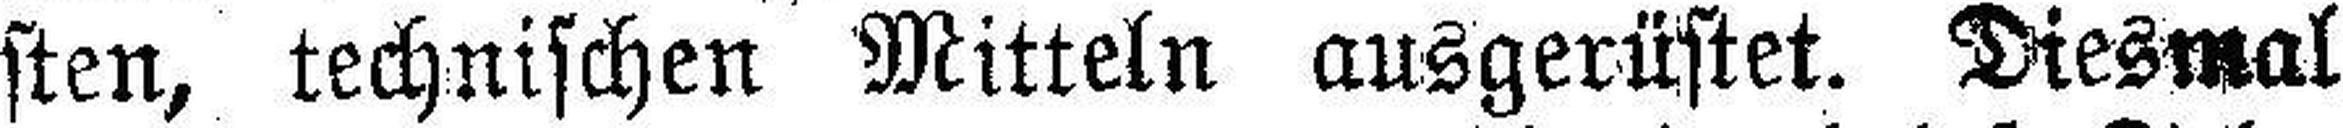
sten, technischen Mitteln ausgerüstet. Diesmal